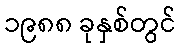
၁၉၈၈ ခုနှစ်တွင်